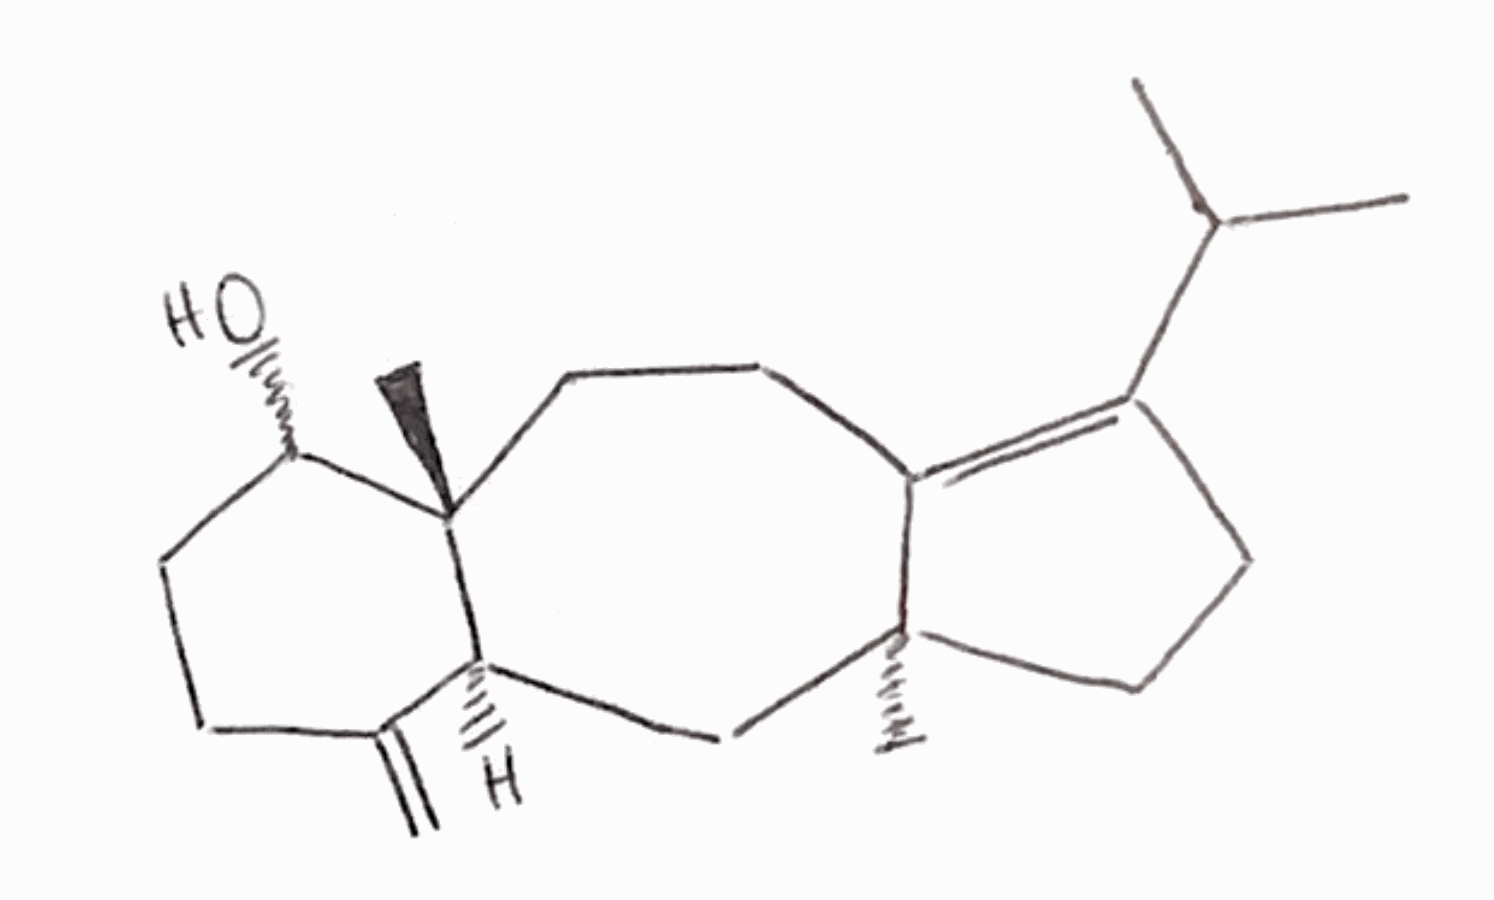
Simplified molecular-input line-entry system (SMILES) notation of the given molecule:
CC(C)C1=C2CC[C@]3([C@H](CCC(=C)[C@@H]3C[C@@]2(CC1)C)O)C